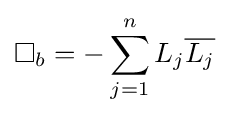
\Box _{b}=-\sum _{j=1}^{n}L_{j}{\overline {L_{j}}}